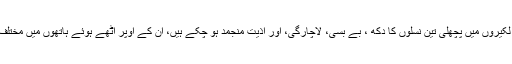
ان کے جامد چہروں کی لکیروں میں پچھلی تین نسلوں کا دکھ ، بے بسی، لاچارگی، اور اذیت منجمد ہو چکے ہیں، ان کے اوپر اٹھے ہوئے ہاتھوں میں مختلف سائزوں کے بینرز ہیں۔